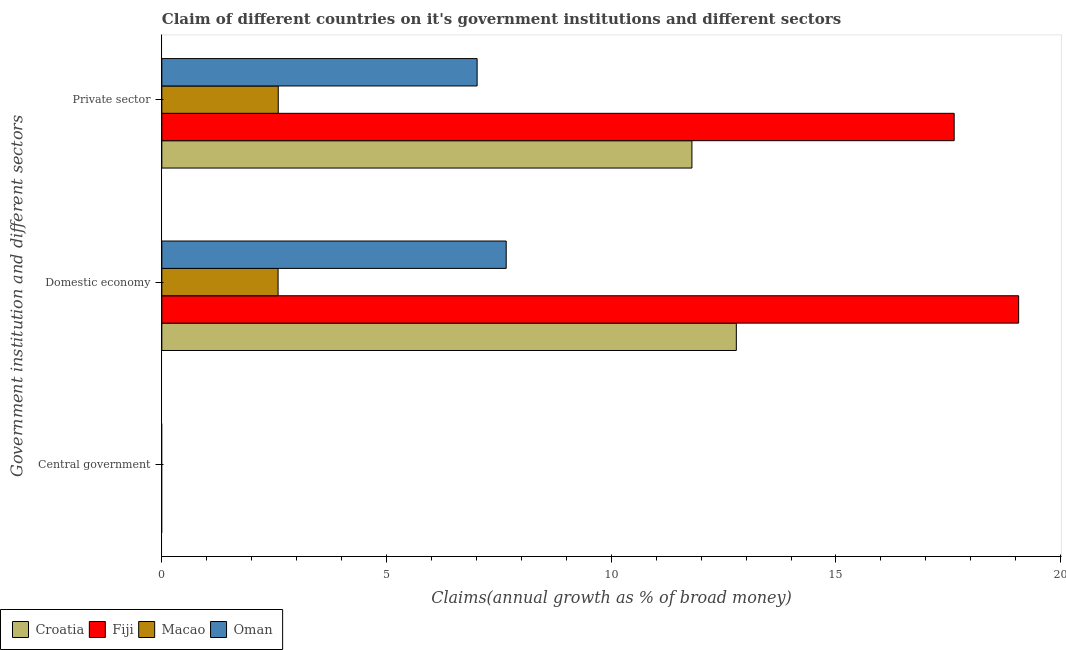
| Government institution and different sectors | Croatia | Fiji | Macao | Oman |
 | --- | --- | --- | --- | --- |
 | Central government | -0.244 | -1.23 | -7.25 | -4.85 |
 | Domestic economy | 12.8 | 19.1 | 2.59 | 7.66 |
 | Private sector | 11.8 | 17.6 | 2.59 | 7.02 |